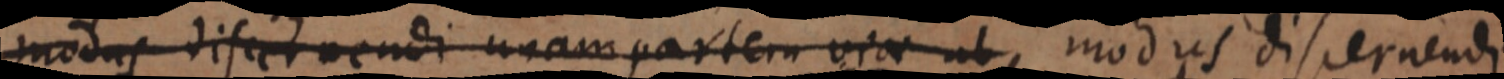
modus discernendi unam partem viae ab modus discernendi